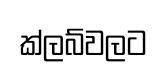
ක්ලබ්වලට